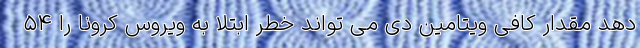
دهد مقدار کافی ویتامین دی می تواند خطر ابتلا به ویروس کرونا را ۵۴